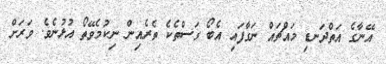
އޭނާގެ އަތްދަނޑި މައްޗައް ނަގާފައި އެބޯ ގަސްތެކެ ތެރެއިން ނިކުމެވޭތޯ އުޅުނެވެ. ވަރަށް